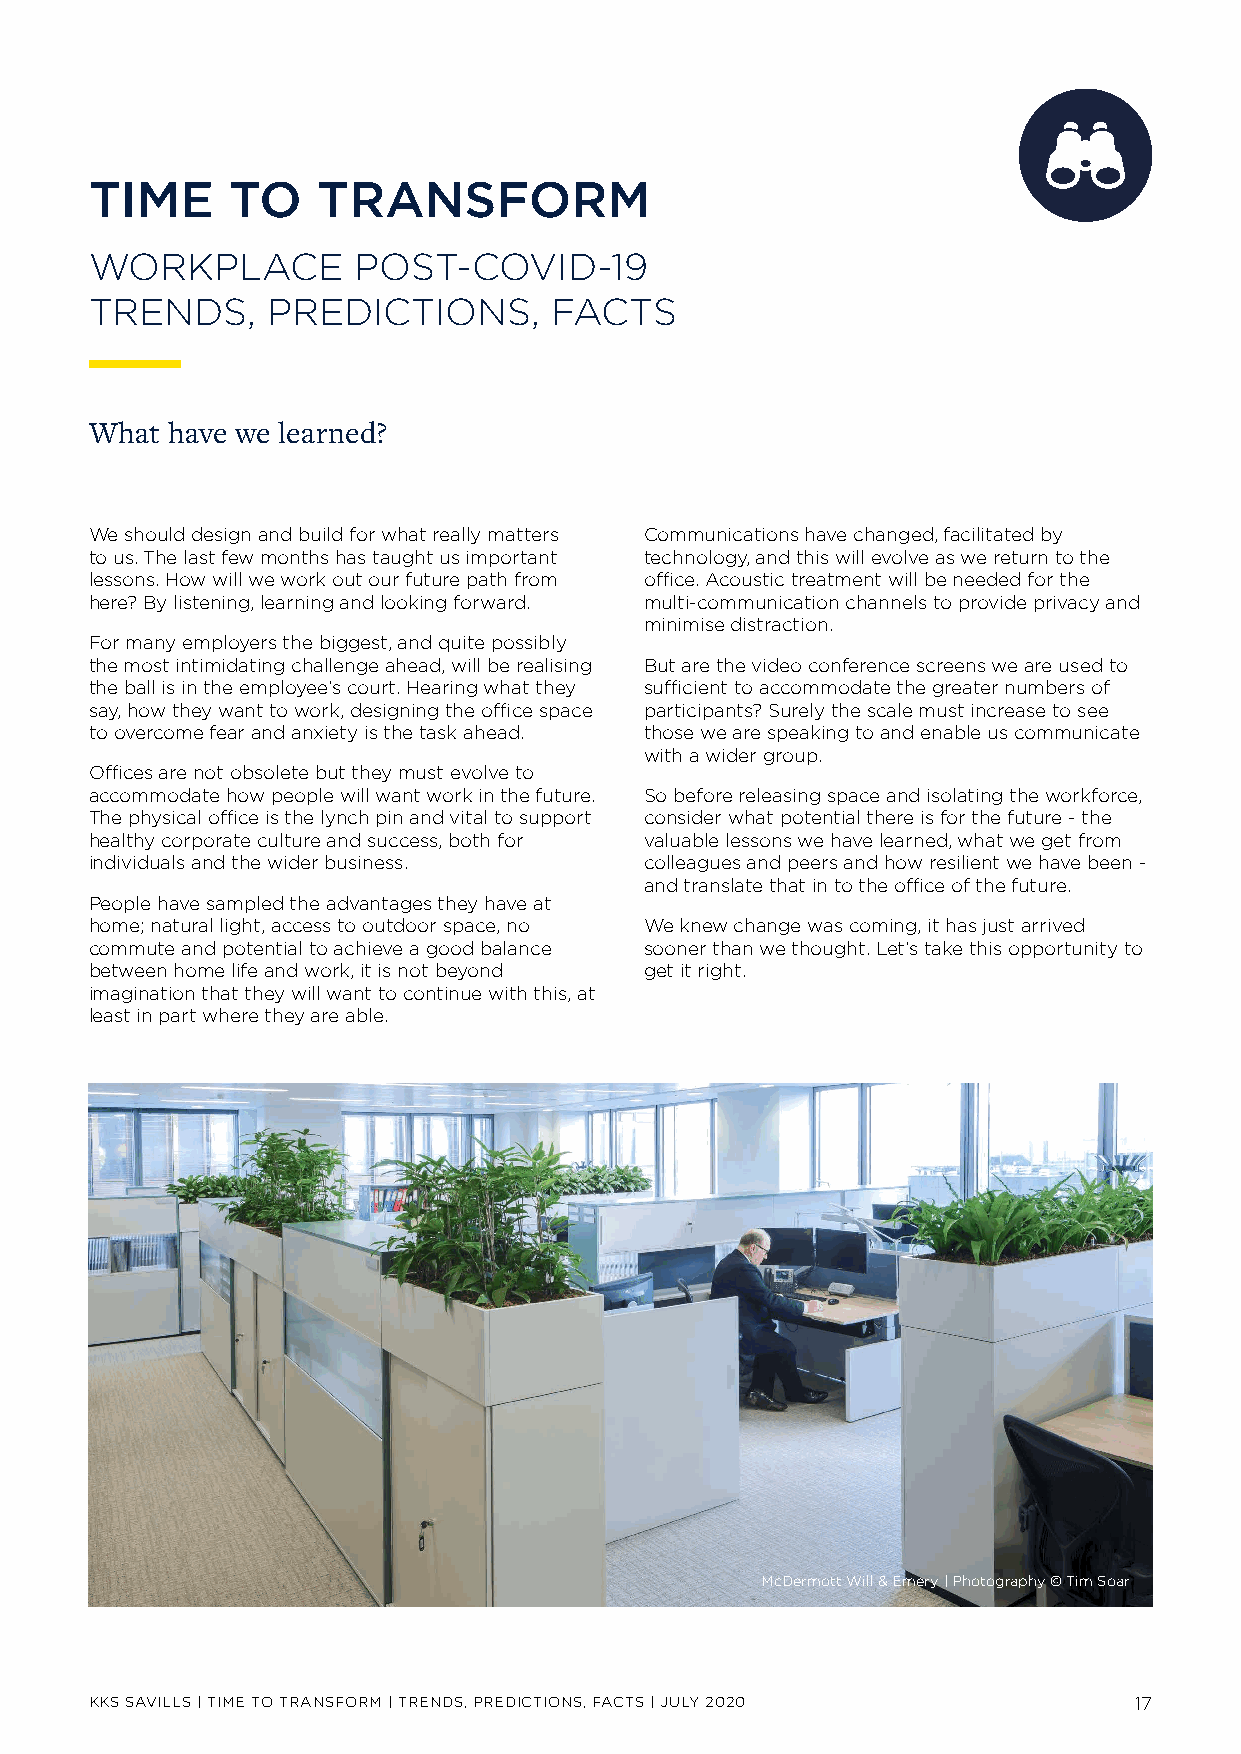
TIME     TO    TRANSFORM
 WORKPLACE        POST-COVID-19
 TRENDS,     PREDICTIONS,       FACTS
 What have we learned?
 We should design and build for what really matters Communications have changed, facilitated by
 to us. The last few months has taught us important technology, and this will evolve as we return to the
 lessons. How will we work out our future path from office. Acoustic treatment will be needed for the
 here? By listening, learning and looking forward. multi-communication channels to provide privacy and
 minimise distraction.
 For many employers the biggest, and quite possibly
 the most intimidating challenge ahead, will be realising But are the video conference screens we are used to
 the ball is in the employee’s court. Hearing what they sufficient to accommodate the greater numbers of
 say, how they want to work, designing the office space participants? Surely the scale must increase to see
 to overcome fear and anxiety is the task ahead. those we are speaking to and enable us communicate
 with a wider group.
 Offices are not obsolete but they must evolve to
 accommodate how people will want work in the future. So before releasing space and isolating the workforce,
 The physical office is the lynch pin and vital to support consider what potential there is for the future - the
 healthy corporate culture and success, both for valuable lessons we have learned, what we get from
 individuals and the wider business.  colleagues and peers and how resilient we have been -
 and translate that in to the office of the future.
 People have sampled the advantages they have at
 home; natural light, access to outdoor space, no We knew change was coming, it has just arrived
 commute and potential to achieve a good balance sooner than we thought. Let’s take this opportunity to
 between home life and work, it is not beyond get it right.
 imagination that they will want to continue with this, at
 least in part where they are able.
 McDermott Will & Emery | Photography © Tim Soar
 KKS SAVILLS | TIME TO TRANSFORM | TRENDS, PREDICTIONS, FACTS | JULY 2020 17